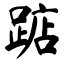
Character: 踮